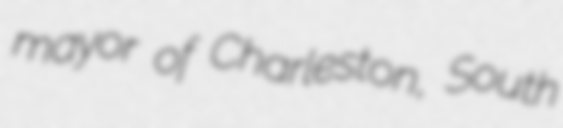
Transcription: mayor of Charleston, South